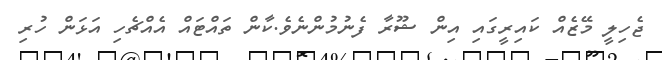
ޖެހިލީ މޭޒެއް ކައިރީގައި އިން ޝޫރާ ފެނުމުންނެވެ.ކާން ތައްޓައް އެއްޗެހި އަޅަން ހުރި